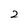
Character: 2